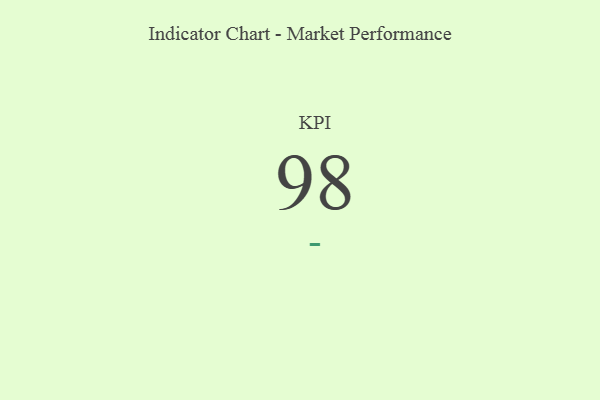
{"axis": {"x": "KPI", "y": "Value"}, "legend": [""], "data": [{"x": "KPI", "y": 98, "type": ""}]}